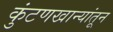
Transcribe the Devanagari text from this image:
कुंटणखान्यांतून